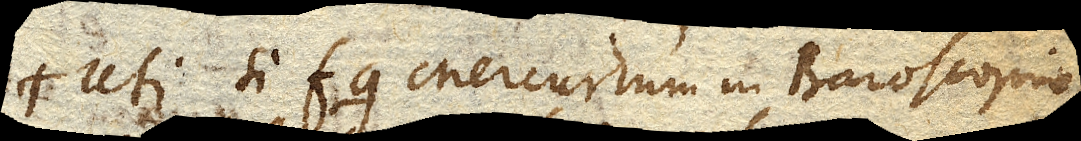
Uti si fg Mercurium in Baroscopio